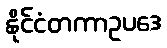
နိုင်ငံတကာဥပဒေ